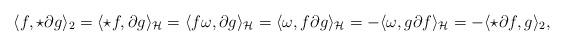
LaTeX: \begin{align*}\langle f , \star \partial g \rangle_2=\langle \star f , \partial g \rangle_\mathcal{H}=\langle f \omega , \partial g \rangle_\mathcal{H}=\langle \omega , f \partial g \rangle_\mathcal{H}=-\langle \omega , g \partial f \rangle_\mathcal{H}=-\langle \star \partial f, g\rangle_2,\end{align*}